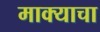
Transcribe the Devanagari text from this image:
माक्याचा